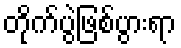
တိုက်ပွဲဖြစ်ပွားရာ